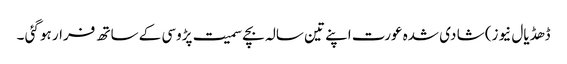
ڈھڈیال نیوز) شا دی شدہ عورت اپنے تین سالہ بچے سمیت پڑوسی کے ساتھ فرار ہو گئی ۔